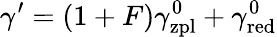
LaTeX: \gamma^{\prime}=(1+F)\gamma_{\mathrm{zpl}}^{0}+\gamma_{\mathrm{red}}^{0}